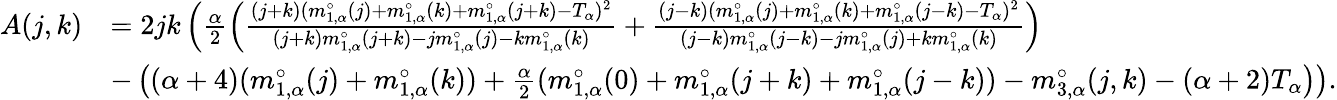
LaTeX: \begin{array}{rl}{A(j,k)}&{=2jk\left(\frac{\alpha}{2}\left(\frac{(j+k)(m_{1,\alpha}^{\circ}(j)+m_{1,\alpha}^{\circ}(k)+m_{1,\alpha}^{\circ}(j+k)-T_{\alpha})^{2}}{(j+k)m_{1,\alpha}^{\circ}(j+k)-jm_{1,\alpha}^{\circ}(j)-km_{1,\alpha}^{\circ}(k)}+\frac{(j-k)(m_{1,\alpha}^{\circ}(j)+m_{1,\alpha}^{\circ}(k)+m_{1,\alpha}^{\circ}(j-k)-T_{\alpha})^{2}}{(j-k)m_{1,\alpha}^{\circ}(j-k)-jm_{1,\alpha}^{\circ}(j)+km_{1,\alpha}^{\circ}(k)}\right)\right.}\\ &{\left.-\left(({\alpha+4})(m_{1,\alpha}^{\circ}(j)+m_{1,\alpha}^{\circ}(k))+\frac{\alpha}{2}(m_{1,\alpha}^{\circ}(0)+m_{1,\alpha}^{\circ}(j+k)+m_{1,\alpha}^{\circ}(j-k))-m_{3,\alpha}^{\circ}(j,k)-(\alpha+2)T_{\alpha}\right)\right).}\end{array}